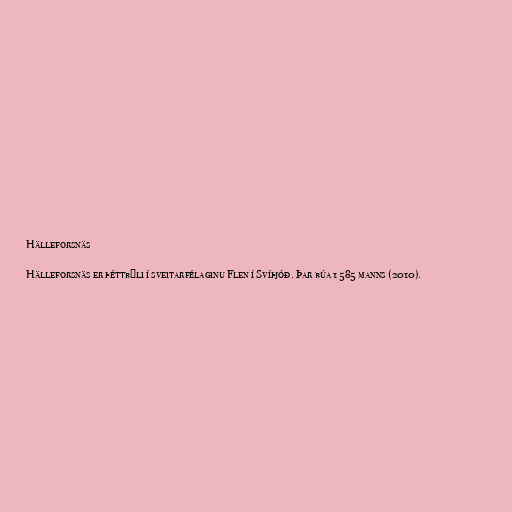
Hälleforsnäs

Hälleforsnäs er þéttbýli í sveitarfélaginu Flen í Svíþjóð. Þar búa 1 585 manns (2010).